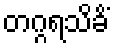
တဂ္ဂရသိခိံ